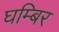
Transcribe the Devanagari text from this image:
घम्बिर